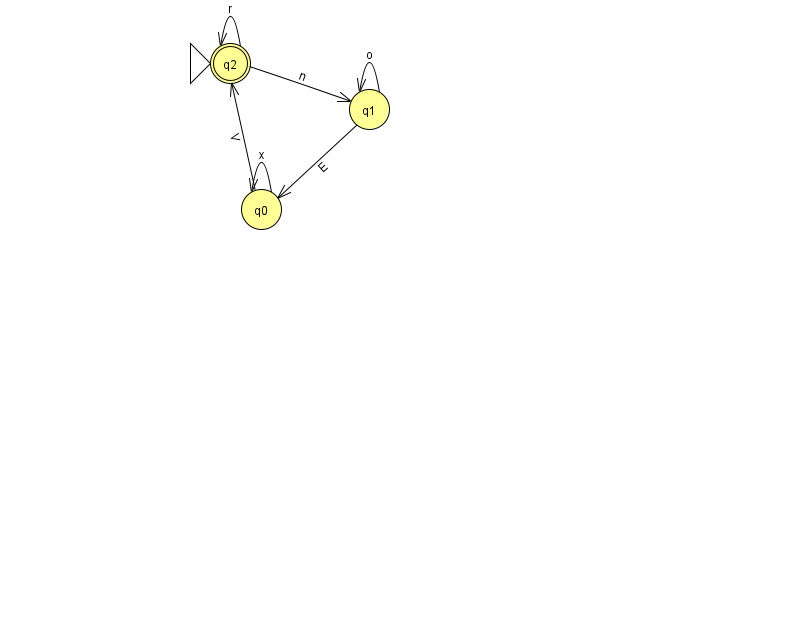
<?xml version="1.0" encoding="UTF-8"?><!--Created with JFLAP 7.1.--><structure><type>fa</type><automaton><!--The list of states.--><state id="0" name="q0"><x>261.0</x><y>196.0</y></state><state id="1" name="q1"><x>369.0</x><y>96.0</y></state><state id="2" name="q2"><x>230.0</x><y>50.0</y><initial/><final/></state><!--The list of transitions.--><transition><from>2</from><to>2</to><read>r</read></transition><transition><from>1</from><to>0</to><read>E</read></transition><transition><from>0</from><to>2</to><read>V</read></transition><transition><from>0</from><to>0</to><read>x</read></transition><transition><from>2</from><to>1</to><read>n</read></transition><transition><from>1</from><to>1</to><read>o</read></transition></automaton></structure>